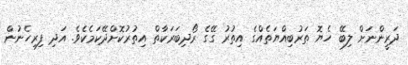
ދަރީންނަށް ލިބޭ ހެޔޮ ތަރުބިއްޔަތެއްގެ އިތުރު ގޭގެ ރޯދިބަރަކާތް އިތުރުކޮށްދޭކަމެކެވެ. އަދި ފިރިހެނުން